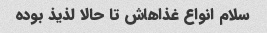
سلام انواع غذاهاش تا حالا لذیذ بوده